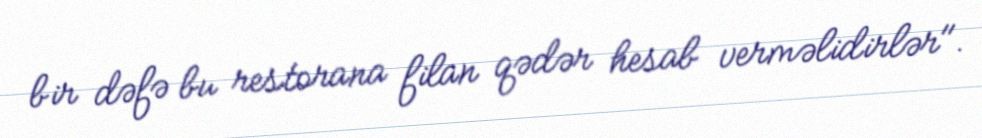
bir dəfə bu restorana filan qədər hesab verməlidirlər".